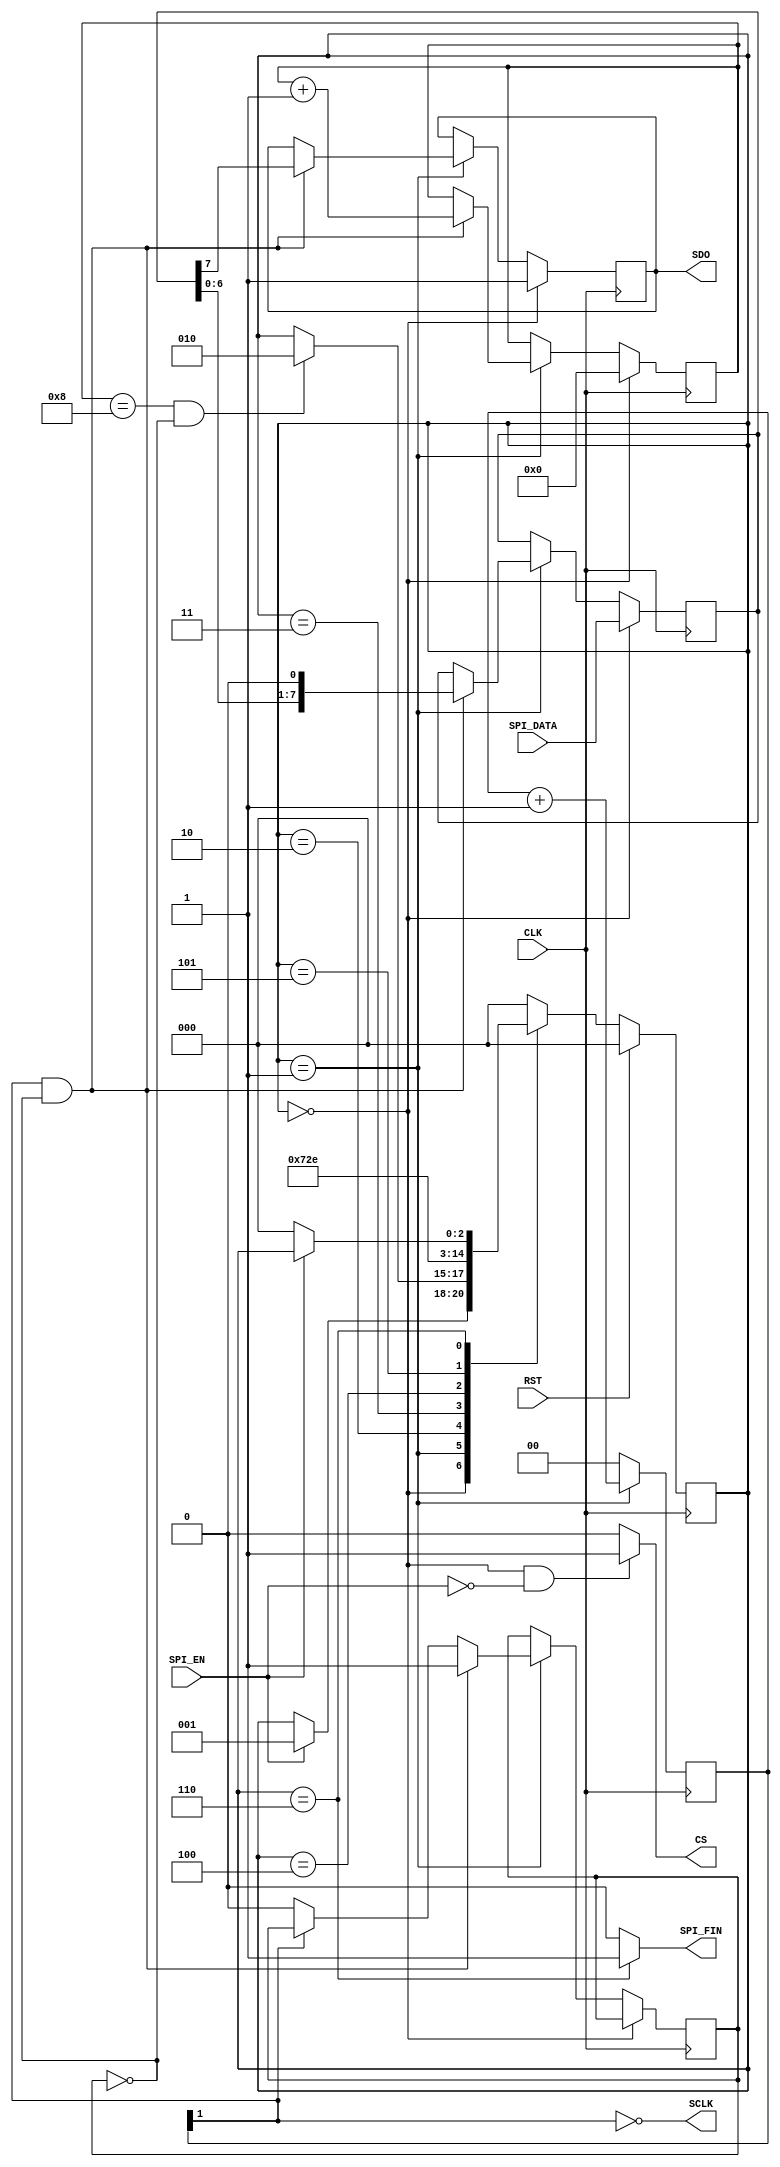
`timescale 1ns / 1ps
//////////////////////////////////////////////////////////////////////////////////
// Company: Digilent Inc.
// Engineers: Ryan Kim
//				  Josh Sackos
// 
// Module Name:    SpiCtrl 
// Project Name: 	 PmodOLEDCtrl
// Tool versions:  ISE 14.1
// Target Devices: Nexys3
// Description: Spi block that sends SPI data formatted SCLK active low with
//					 SDO changing on the falling edge
//
// Revision: 1.0 - SPI completed
// Revision 0.01 - File Created 
//
//////////////////////////////////////////////////////////////////////////////////
module SpiCtrl_OLED(
    CLK,
    RST,
    SPI_EN,
    SPI_DATA,
    CS,
    SDO,
    SCLK,
    SPI_FIN
    );

	// ===========================================================================
	// 										Port Declarations
	// ===========================================================================
    input CLK;
    input RST;
    input SPI_EN;
    input [7:0] SPI_DATA;
    output CS;
    output SDO;
    output SCLK;
    output SPI_FIN;

	// ===========================================================================
	// 							  Parameters, Regsiters, and Wires
	// ===========================================================================
	wire CS, SDO, SCLK, SPI_FIN;
	
	reg [7:0] shift_register = 8'h00;		// Shift register to shift out SPI_DATA saved when SPI_EN was set
	reg [3:0] shift_counter = 4'h0;			// Keeps track how many bits were sent
	wire clk_divided;						// Used as SCLK
	reg [1:0] counter = 2'b00;				// Count clocks to be used to divide CLK
	reg temp_sdo = 1'b1;					// Tied to SDO
	
	reg falling = 1'b0;						// signal indicating that the clk has just fell
	
	parameter Idle = 3'd0, Send = 3'd1, Hold1 = 3'd2, Hold2 = 3'd3, Hold3 = 3'd4, Hold4 = 3'd5, Done = 3'd6;
	reg [2:0] current_state = Idle;

	// ===========================================================================
	// 										Implementation
	// ===========================================================================
	assign clk_divided = ~counter[1];
	assign SCLK = clk_divided;
	assign SDO = temp_sdo;
	
	assign CS = (current_state == Idle && SPI_EN == 1'b0) ? 1'b1 : 1'b0;
	assign SPI_FIN = (current_state == Done) ? 1'b1 : 1'b0;
	
	//  State Machine
	always @(posedge CLK) begin
			if(RST == 1'b1) begin							// Synchronous RST
				current_state <= Idle;
			end
			else begin
			
				case(current_state)

					// Wait for SPI_EN to go high
					Idle : begin
						if(SPI_EN == 1'b1) begin
							current_state <= Send;
						end
					end

					// Start sending bits, transition out when all bits are sent and SCLK is high
					Send : begin
						if(shift_counter == 4'h8 && falling == 1'b0) begin
							current_state <= Hold1;
						end
					end
					
					// Hold CS low for a bit
					Hold1 : begin
						current_state <= Hold2;
					end

					// Hold CS low for a bit
					Hold2 : begin
						current_state <= Hold3;
					end

					// Hold CS low for a bit
					Hold3 : begin
						current_state <= Hold4;
					end

					// Hold CS low for a bit
					Hold4 : begin
						current_state <= Done;
					end

					// Finish SPI transimission wait for SPI_EN to go low
					Done : begin
						if(SPI_EN == 1'b0) begin
							current_state <= Idle;
						end
					end

					default : current_state <= Idle;

				endcase
			end
	end
	//  End of State Machine

	
	//  Clock Divider
	always @(posedge CLK) begin
			//  start clock counter when in send state
			if(current_state == Send) begin
				counter <= counter + 1'b1;
			end
			//  reset clock counter when not in send state
			else begin
				counter <= 2'b00;
			end
	end
	//  End Clock Divider
	
	
	//  SPI_SEND_BYTE,  sends SPI data formatted SCLK active low with SDO changing on the falling edge
	always @(posedge CLK) begin
			if(current_state == Idle) begin
					shift_counter <= 4'h0;
					// keeps placing SPI_DATA into shift_register so that when state goes to send it has the latest SPI_DATA
					shift_register <= SPI_DATA;
					temp_sdo <= 1'b1;
			end
			else if(current_state == Send) begin
					//  if on the falling edge of Clk_divided
					if(clk_divided == 1'b0 && falling == 1'b0) begin
							//  Indicate that it is passed the falling edge
							falling <= 1'b1;
							// send out the MSB
							temp_sdo <= shift_register[7];
							//  Shift through SPI_DATA
							shift_register <= {shift_register[6:0],1'b0};
							//  Keep track of what bit it is on
							shift_counter <= shift_counter + 1'b1;
					end
					//  on SCLK high reset the falling flag
					else if(clk_divided == 1'b1) begin
						falling <= 1'b0;
					end
			end
	end

endmodule